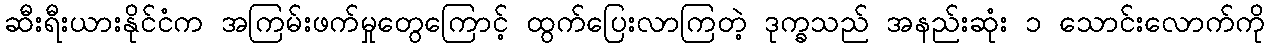
ဆီးရီးယားနိုင်ငံက အကြမ်းဖက်မှုတွေကြောင့် ထွက်ပြေးလာကြတဲ့ ဒုက္ခသည် အနည်းဆုံး ၁ သောင်းလောက်ကို